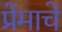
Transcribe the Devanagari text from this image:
प्रेंमाचे